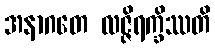
အနာဂတေ လဇ္ဇိရက္ခိဿတိ